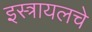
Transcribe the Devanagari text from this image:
इस्त्रायलचे